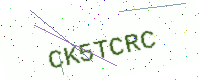
Text: CK5TCRC